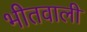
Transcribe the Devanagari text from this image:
भीतवाली